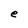
Character: e